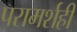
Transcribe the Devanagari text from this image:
परामर्शही